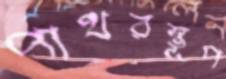
পাথরস্তূপ